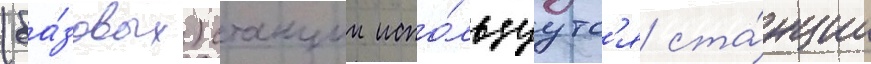
(ба́зовых) станции испо́льзуутс'я ста́нции